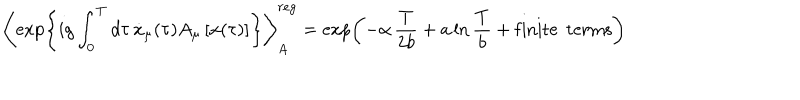
\left\langle \exp \left\{ i g \int _ { 0 } ^ { T } d \tau \, { \dot { x } } _ { \mu } ( \tau ) A _ { \mu } \left[ x ( \tau ) \right] \right\} \right\rangle _ { A } ^ { r e g } = \exp \left( - \alpha \, \frac { T } { 2 b } + a \ln \frac { T } { b } + \mathrm { f i n i t e } \; \, \mathrm { t e r m s } \right)